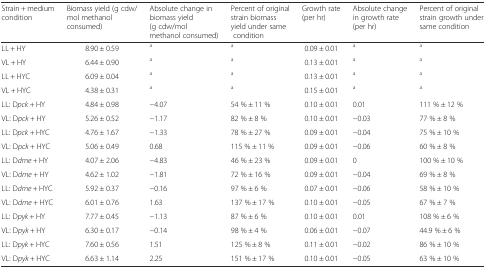
<table><thead><tr><td><b>Strain + medium condition</b></td><td><b>Biomass yield (g cdw/mol methanol consumed)</b></td><td><b>Absolute change in biomass yield(g cdw/mol methanol consumed)</b></td><td><b>Percent of original strain biomass yield under same condition</b></td><td><b>Growth rate (per hr)</b></td><td><b>Absolute change in growth rate(per hr)</b></td><td><b>Percent of original strain growth under same condition</b></td></tr></thead><tbody><tr><td>LL + HY</td><td>8.90 ± 0.59</td><td><sup>a</sup></td><td><sup>a</sup></td><td>0.09 ± 0.01</td><td><sup>a</sup></td><td><sup>a</sup></td></tr><tr><td>VL + HY</td><td>6.44 ± 0.90</td><td><sup>a</sup></td><td><sup>a</sup></td><td>0.13 ± 0.01</td><td><sup>a</sup></td><td><sup>a</sup></td></tr><tr><td>LL + HYC</td><td>6.09 ± 0.04</td><td><sup>a</sup></td><td><sup>a</sup></td><td>0.13 ± 0.01</td><td><sup>a</sup></td><td><sup>a</sup></td></tr><tr><td>VL + HYC</td><td>4.38 ± 0.31</td><td><sup>a</sup></td><td><sup>a</sup></td><td>0.15 ± 0.01</td><td><sup>a</sup></td><td><sup>a</sup></td></tr><tr><td>LL: D<i>pck</i> + HY</td><td>4.84 ± 0.98</td><td>−4.07</td><td>54 % ± 11 %</td><td>0.10 ± 0.01</td><td>0.01</td><td>111 % ± 12 %</td></tr><tr><td>VL: D<i>pck</i> + HY</td><td>5.26 ± 0.52</td><td>−1.17</td><td>82 % ± 8 %</td><td>0.10 ± 0.01</td><td>−0.03</td><td>77 % ± 8 %</td></tr><tr><td>LL: D<i>pck</i> + HYC</td><td>4.76 ± 1.67</td><td>−1.33</td><td>78 % ± 27 %</td><td>0.09 ± 0.01</td><td>−0.04</td><td>75 % ± 10 %</td></tr><tr><td>VL: D<i>pck</i> + HYC</td><td>5.06 ± 0.49</td><td>0.68</td><td>115 % ± 11 %</td><td>0.09 ± 0.01</td><td>−0.06</td><td>60 % ± 8 %</td></tr><tr><td>LL: D<i>dme</i> + HY</td><td>4.07 ± 2.06</td><td>−4.83</td><td>46 % ± 23 %</td><td>0.09 ± 0.01</td><td>0</td><td>100 % ± 10 %</td></tr><tr><td>VL: D<i>dme</i> + HY</td><td>4.62 ± 1.02</td><td>−1.81</td><td>72 % ± 16 %</td><td>0.09 ± 0.01</td><td>−0.04</td><td>69 % ± 8 %</td></tr><tr><td>LL: D<i>dme</i> + HYC</td><td>5.92 ± 0.37</td><td>−0.16</td><td>97 % ± 6 %</td><td>0.07 ± 0.01</td><td>−0.06</td><td>58 % ± 10 %</td></tr><tr><td>VL: D<i>dme</i> + HYC</td><td>6.01 ± 0.76</td><td>1.63</td><td>137 % ± 17 %</td><td>0.10 ± 0.01</td><td>−0.05</td><td>67 % ± 7 %</td></tr><tr><td>LL: D<i>pyk</i> + HY</td><td>7.77 ± 0.45</td><td>−1.13</td><td>87 % ± 6 %</td><td>0.10 ± 0.01</td><td>0.01</td><td>108 % ± 6 %</td></tr><tr><td>VL: D<i>pyk</i> + HY</td><td>6.30 ± 0.17</td><td>−0.14</td><td>98 % ± 4 %</td><td>0.06 ± 0.01</td><td>−0.07</td><td>44.9 % ± 6 %</td></tr><tr><td>LL: D<i>pyk</i> + HYC</td><td>7.60 ± 0.56</td><td>1.51</td><td>125 % ± 8 %</td><td>0.11 ± 0.01</td><td>−0.02</td><td>86 % ± 10 %</td></tr><tr><td>VL: D<i>pyk</i> + HYC</td><td>6.63 ± 1.14</td><td>2.25</td><td>151 % ± 17 %</td><td>0.10 ± 0.01</td><td>−0.05</td><td>63 % ± 10 %</td></tr></tbody></table>